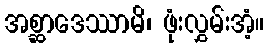
အစ္ဆာဒေဿာမိ၊ ဖုံးလွှမ်းအံ့။